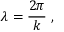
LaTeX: \lambda = { \frac { 2 \pi } { k } } \ ,